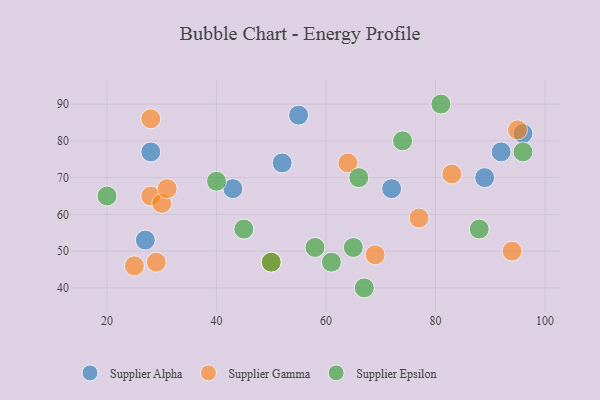
{"axis": {"x": "GDP", "y": "Life Expectancy"}, "legend": ["Supplier Alpha", "Supplier Epsilon", "Supplier Gamma"], "data": [{"x": "92", "y": 77, "type": "Supplier Alpha"}, {"x": "43", "y": 67, "type": "Supplier Alpha"}, {"x": "89", "y": 70, "type": "Supplier Alpha"}, {"x": "52", "y": 74, "type": "Supplier Alpha"}, {"x": "28", "y": 77, "type": "Supplier Alpha"}, {"x": "55", "y": 87, "type": "Supplier Alpha"}, {"x": "72", "y": 67, "type": "Supplier Alpha"}, {"x": "96", "y": 82, "type": "Supplier Alpha"}, {"x": "27", "y": 53, "type": "Supplier Alpha"}, {"x": "69", "y": 49, "type": "Supplier Gamma"}, {"x": "83", "y": 71, "type": "Supplier Gamma"}, {"x": "95", "y": 83, "type": "Supplier Gamma"}, {"x": "28", "y": 65, "type": "Supplier Gamma"}, {"x": "64", "y": 74, "type": "Supplier Gamma"}, {"x": "28", "y": 86, "type": "Supplier Gamma"}, {"x": "77", "y": 59, "type": "Supplier Gamma"}, {"x": "50", "y": 47, "type": "Supplier Gamma"}, {"x": "94", "y": 50, "type": "Supplier Gamma"}, {"x": "30", "y": 63, "type": "Supplier Gamma"}, {"x": "31", "y": 67, "type": "Supplier Gamma"}, {"x": "29", "y": 47, "type": "Supplier Gamma"}, {"x": "25", "y": 46, "type": "Supplier Gamma"}, {"x": "81", "y": 90, "type": "Supplier Epsilon"}, {"x": "20", "y": 65, "type": "Supplier Epsilon"}, {"x": "74", "y": 80, "type": "Supplier Epsilon"}, {"x": "96", "y": 77, "type": "Supplier Epsilon"}, {"x": "66", "y": 70, "type": "Supplier Epsilon"}, {"x": "50", "y": 47, "type": "Supplier Epsilon"}, {"x": "88", "y": 56, "type": "Supplier Epsilon"}, {"x": "67", "y": 40, "type": "Supplier Epsilon"}, {"x": "40", "y": 69, "type": "Supplier Epsilon"}, {"x": "65", "y": 51, "type": "Supplier Epsilon"}, {"x": "45", "y": 56, "type": "Supplier Epsilon"}, {"x": "58", "y": 51, "type": "Supplier Epsilon"}, {"x": "61", "y": 47, "type": "Supplier Epsilon"}]}